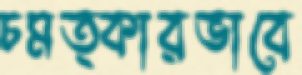
চমত্কারভাবে